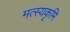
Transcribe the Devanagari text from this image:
मत्स्यकृमि